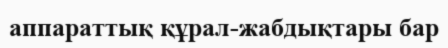
аппараттық құрал-жабдықтары бар